Annual report of the Camel Specialist
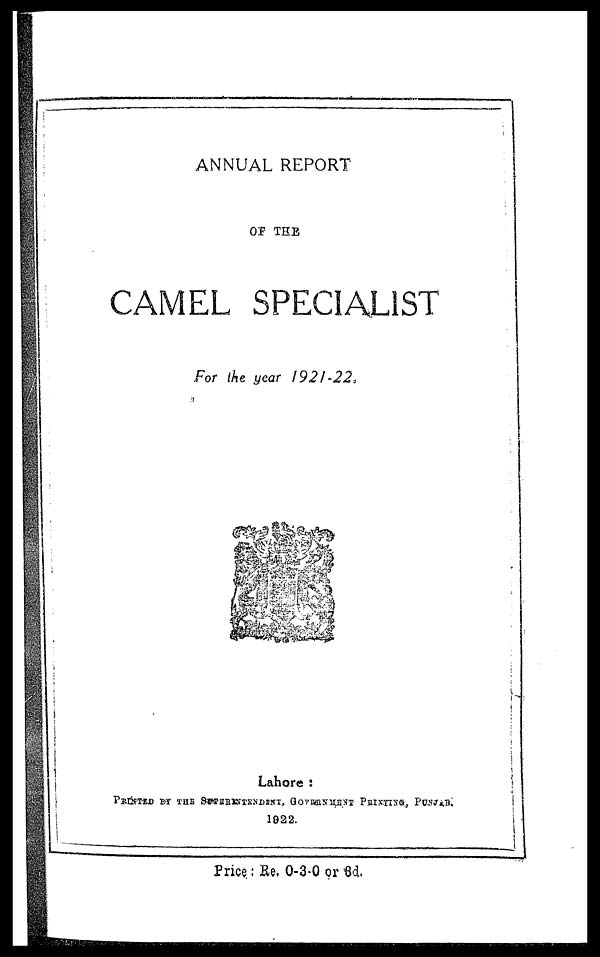
ANNUAL REPORT
OF THE
CAMEL SPECIALIST
For the year 1921-22.
Lahore :
PRINTED BY THE SUPERINTENDENT, GOVERNMENT PRINT
1922.
Price : Re. 0-3-0 or 3d.